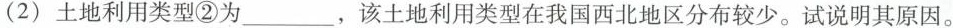
(2) 土地利用类型②为 ___ ，该土地利用类型在我国西北地区分布较少。试说明其原因。